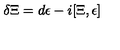
\delta \Xi = d \epsilon - i [ \Xi , \epsilon ]